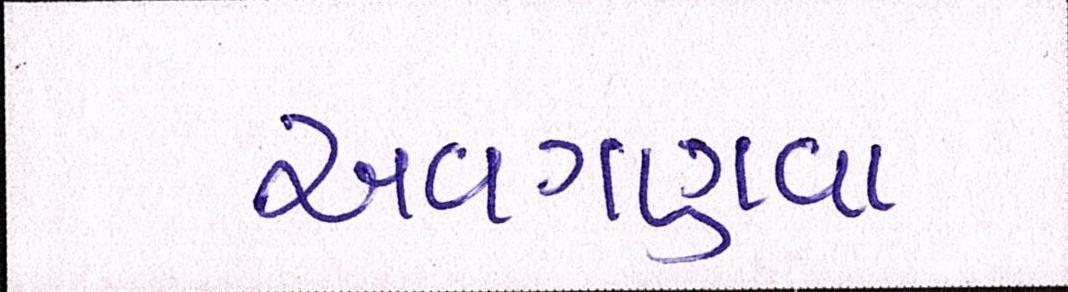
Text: અવગણવા